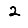
Digit: 2